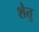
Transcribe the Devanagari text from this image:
शैतु